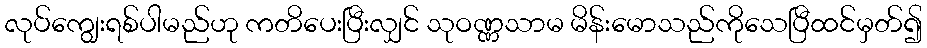
လုပ်ကျွေးရစ်ပါမည်ဟု ကတိပေးပြီးလျှင် သုဝဏ္ဏသာမ မိန်းမောသည်ကိုသေပြီထင်မှတ်၍